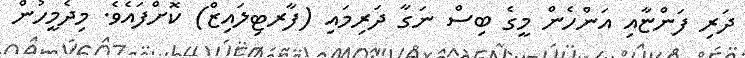
ދަރި ފަންޏާއި އަންހެން މީގެ ބިސް ނަގާ ދަރިމައި (ފާރޓިލައިޒް) ކޮށްފައެވެ. މިދެމީހުން